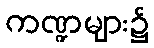
ကဏ္ဍများ၌